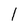
Character: I